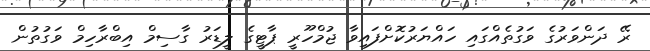
ރޭ ދަންވަރުގެ ވަގުތެއްގައި ހައްޔަރުކޮށްފައިވާ ޖުމްހޫރީ ޕާޓީގެ ލީޑަރު ގާސިމް އިބްރާހިމް ވަގުތުން